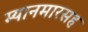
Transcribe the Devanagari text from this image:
म्यानमारसह